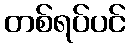
တစ်ရပ်ပင်